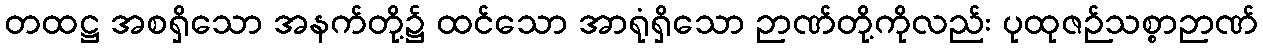
တထဋ္ဌ အစရှိသော အနက်တို့၌ ထင်သော အာရုံရှိသော ဉာဏ်တို့ကိုလည်း ပုထုဇဉ်သစ္စာဉာဏ်